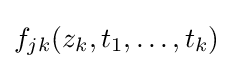
f_{jk}(z_{k},t_{1},\ldots ,t_{k})